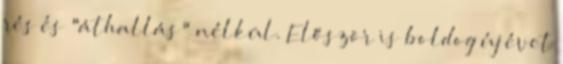
rés és "áthallás" nélkül. Először is boldog új évet